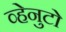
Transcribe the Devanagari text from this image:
व्हेनुटो